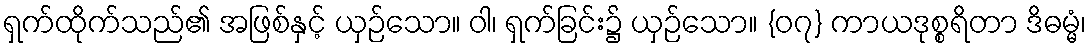
ရှက်ထိုက်သည်၏ အဖြစ်နှင့် ယှဉ်သော။ ဝါ၊ ရှက်ခြင်း၌ ယှဉ်သော။ {၀၇} ကာယဒုစ္စရိတာ ဒိဓမ္မံ၊